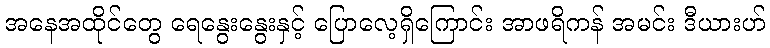
အနေအထိုင်တွေ ရေနွေးနွေးနှင့် ပြောလေ့ရှိကြောင်း အာဖရိကန် အမင်း ဒီယားဟ်